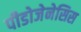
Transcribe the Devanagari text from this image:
पीडोजेनेसिस